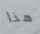
هذا